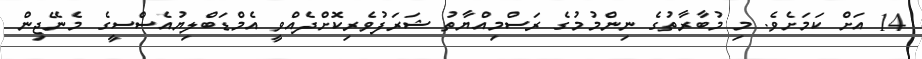
14 އަށް ކަމަށެވެ. މި މުބާރާތުގެ ނިންމުމުގެ ރަސްމިއްޔާތު ޝަރަފުވެރިކޮށްދެއްވީ އެމްޑަބްލިޔުއެސްސީގެ މެނޭޖިން